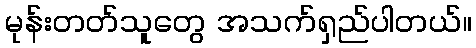
မုန်းတတ်သူတွေ အသက်ရှည်ပါတယ်။